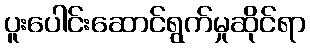
ပူးပေါင်းဆောင်ရွက်မှုဆိုင်ရာ